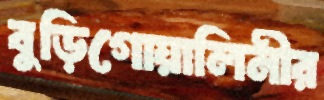
বুড়িগোয়ালিনীর